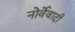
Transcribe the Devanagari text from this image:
नोर्वेवादी